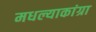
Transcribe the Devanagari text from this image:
मधल्याकांग्रा